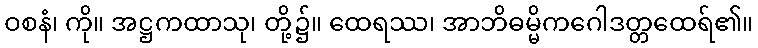
ဝစနံ၊ ကို။ အဋ္ဌကထာသု၊ တို့၌။ ထေရဿ၊ အာဘိဓမ္မိကဂေါဒတ္တထေရ်၏။